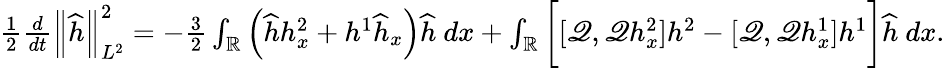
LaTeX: \begin{array}{r}{\frac{1}{2}\frac{d}{dt}\left\| \widehat{h}\right\| _{L^{2}}^{2}=-\frac{3}{2}\int_{\mathbb R}\left(\widehat{h}h_{x}^{2}+h^{1}\widehat{h}_{x}\right)\widehat{h}\ dx+\int_{\mathbb R}\bigg[[\mathscr{Q},\mathscr{Q}h_{x}^{2}]h^{2}-[\mathscr{Q},\mathscr{Q}h_{x}^{1}]h^{1}\bigg]\widehat{h}\ dx.}\end{array}